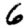
Digit: 6